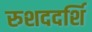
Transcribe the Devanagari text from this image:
रुशददर्शि